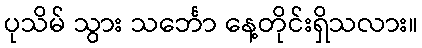
ပုသိမ် သွား သင်္ဘော နေ့တိုင်းရှိသလား။